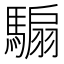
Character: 騸